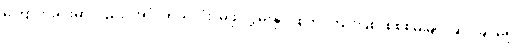
ကြောက်ခင်းမှာလည်း၊ အင်္ဂါကိုယ်လုံး၊ မဖုံးလွှမ်းနိုင်၊ စွဲကိုင်ကျိုးပြစ်၊ စိစစ်မမြင်၊ ဆင်ခြင်မရှိ၊